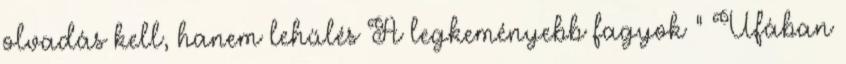
olvadás kell, hanem lehűlés A legkeményebb fagyok ” Ufában